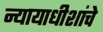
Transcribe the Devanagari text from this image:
न्यायाधीशांचे